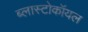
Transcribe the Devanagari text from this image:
ब्लास्टोकॉयल